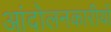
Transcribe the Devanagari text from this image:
आंदोलनकारीयों